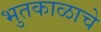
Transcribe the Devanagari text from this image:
भुतकाळाचे